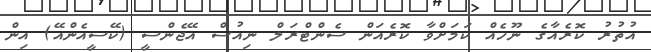
އުތުރު ކޮރެއާގެ ނޫހެއް ކަމަށްވާ ކޮރެއަން ސެންޓްރަލް ނިއުސް އޭޖެންސީ (ކޭސީއެންއޭ) އިން